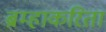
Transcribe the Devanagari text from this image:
ब्रम्हाकरिता